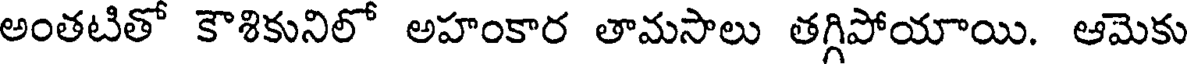
అంతటితో కౌశికునిలో అహంకార తామసాలు తగ్గిపోయాయి. ఆమెకు